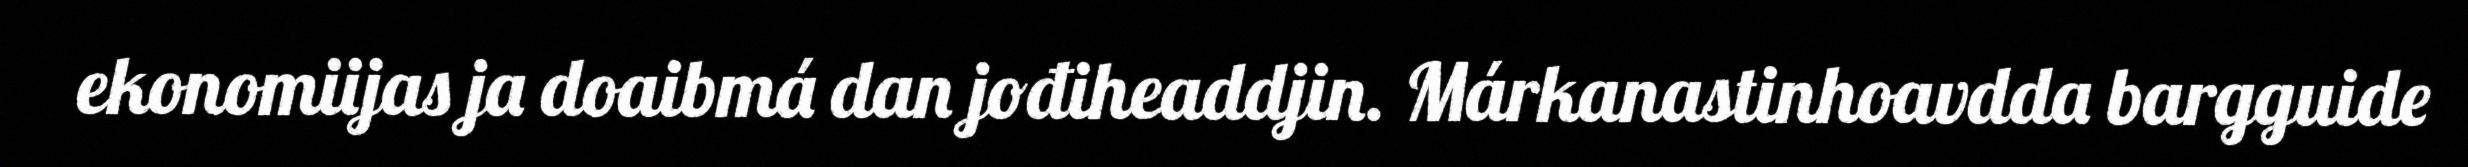
ekonomiijas ja doaibmá dan jođiheaddjin. Márkanastinhoavdda bargguide